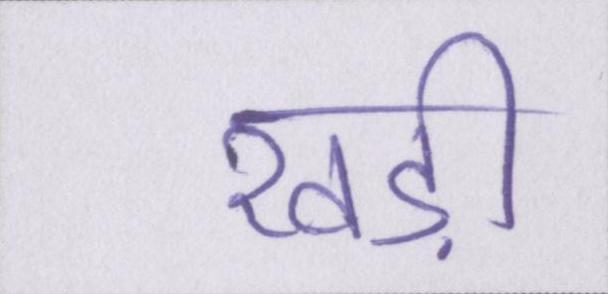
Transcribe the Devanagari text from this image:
खड़ी